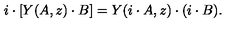
i \cdot \left[ Y ( A , z ) \cdot B \right] = Y ( i \cdot A , z ) \cdot ( i \cdot B ) .